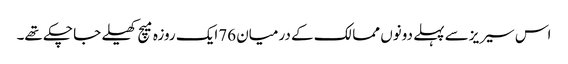
اس سیریزسے پہلے دونوں ممالک کے درمیان 76ایک روزہ میچ کھیلے جا چکے تھے۔